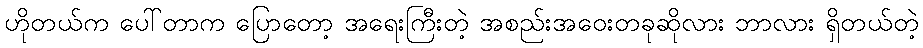
ဟိုတယ်က ပေါ်တာက ပြောတော့ အရေးကြီးတဲ့ အစည်းအဝေးတခုဆိုလား ဘာလား ရှိတယ်တဲ့